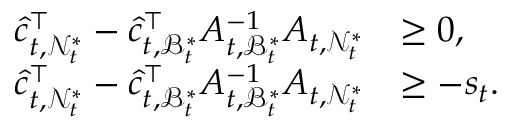
\begin{array} { r l } { \hat { c } _ { t , \mathcal { N } _ { t } ^ { * } } ^ { \top } - \hat { c } _ { t , \mathcal { B } _ { t } ^ { * } } ^ { \top } A _ { t , \mathcal { B } _ { t } ^ { * } } ^ { - 1 } A _ { t , \mathcal { N } _ { t } ^ { * } } } & { \ge 0 , } \\ { \hat { c } _ { t , \mathcal { N } _ { t } ^ { * } } ^ { \top } - \hat { c } _ { t , \mathcal { B } _ { t } ^ { * } } ^ { \top } A _ { t , \mathcal { B } _ { t } ^ { * } } ^ { - 1 } A _ { t , \mathcal { N } _ { t } ^ { * } } } & { \ge - s _ { t } . } \end{array}